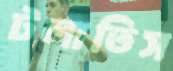
টলাতিস